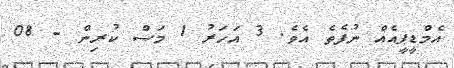
އެމްޑީޕީއެއް ނުފެތެ އެވެ. 3 އަހަރު 1 މަސް ކުރިން - 08